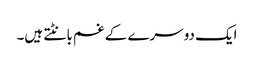
ایک دوسرے کے غم بانٹتے ہیں۔